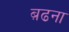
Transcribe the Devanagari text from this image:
ब़ढना